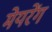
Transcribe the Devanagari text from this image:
मेयरेंग